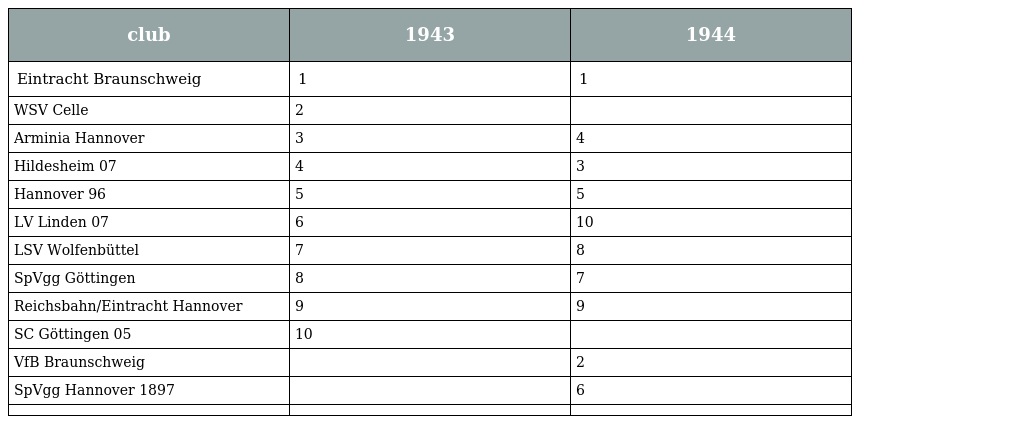
| club | 1943 | 1944 |
 | --- | --- | --- |
 | Eintracht Braunschweig | 1 | 1 |
 | WSV Celle | 2 |  |
 | Arminia Hannover | 3 | 4 |
 | Hildesheim 07 | 4 | 3 |
 | Hannover 96 | 5 | 5 |
 | LV Linden 07 | 6 | 10 |
 | LSV Wolfenbüttel | 7 | 8 |
 | SpVgg Göttingen | 8 | 7 |
 | Reichsbahn/Eintracht Hannover | 9 | 9 |
 | SC Göttingen 05 | 10 |  |
 | VfB Braunschweig |  | 2 |
 | SpVgg Hannover 1897 |  | 6 |
 |  |  |  |